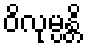
ဝိလုမ္ပန္တိ